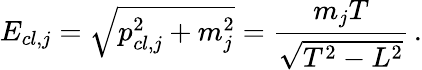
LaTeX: E_{cl,j}=\sqrt{p_{cl,j}^{2}+m_{j}^{2}}=\frac{m_{j}T}{\sqrt{T^{2}-L^{2}}}\, .